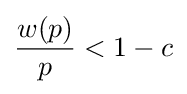
{\frac {w(p)}{p}}<1-c